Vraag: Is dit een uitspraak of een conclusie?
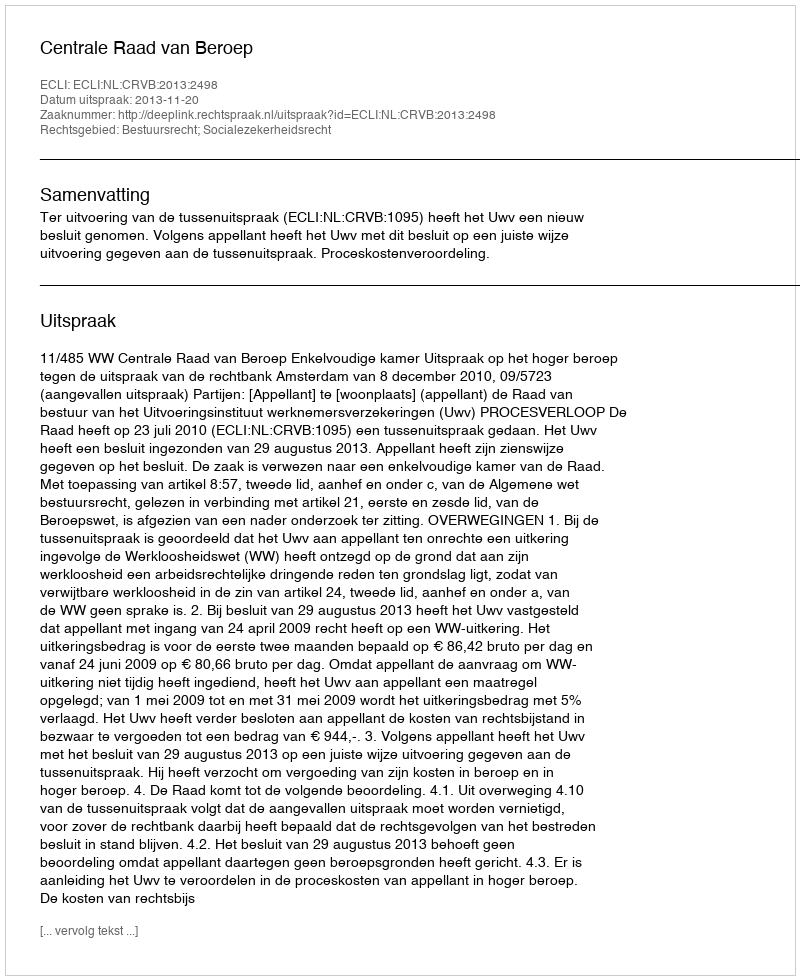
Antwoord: Uitspraak